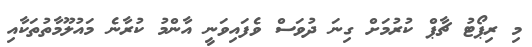
މި ރިޕޯޓު ޗާޕް ކުރުމަށް ގިނަ ދުވަސް ވެފައިވަނީ އާންމު ކުރާނެ މައުލޫމާތުތަކާއި